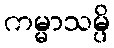
ကမ္မာသမ္ပိ